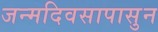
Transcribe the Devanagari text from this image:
जन्मदिवसापासुन